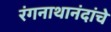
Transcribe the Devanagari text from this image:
रंगनाथानंदांचे